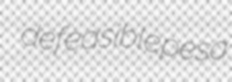
defeasible pesa